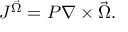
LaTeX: J ^ { \vec { \Omega } } = P \nabla \times \vec { \Omega } .